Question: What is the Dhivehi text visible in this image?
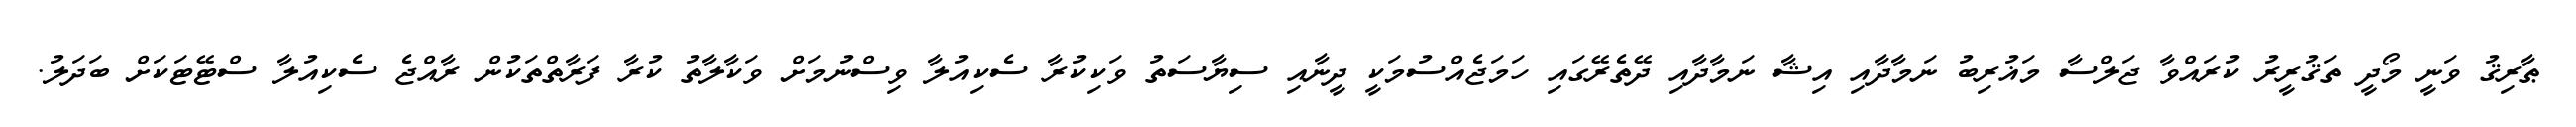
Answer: ޠާރިޤު ވަނީ މޯދީ ތަޤުރީރު ކުރައްވާ ޖަލްސާ މަޣުރިބު ނަމާދާއި އިޝާ ނަމާދާއި ދޭތެރޭގައި ހަމަޖެއްސުމަކީ ދީނާއި ސިޔާސަތު ވަކިކުރާ ސެކިއުލާ ވިސްނުމަށް ވަކާލާތު ކުރާ ފަރާތްތަކުން ރާއްޖެ ސެކިއުލާ ސްޓޭޓަކަށް ބަދަލު.